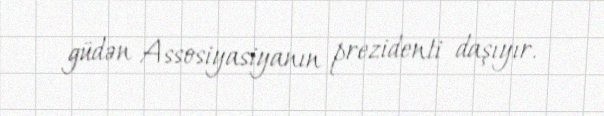
güdən Assosiyasiyanın prezidenti daşıyır.